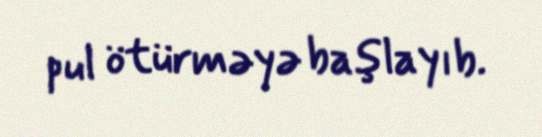
pul ötürməyə başlayıb.